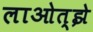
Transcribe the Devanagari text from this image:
लाओत्झे